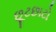
છૂટછાટો